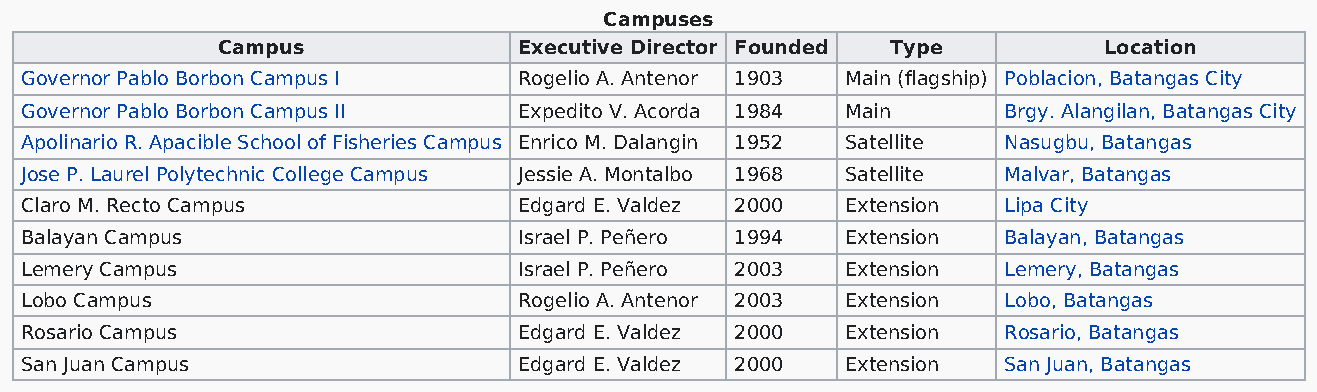
Campuses
 Campus              Executive Director Founded Type        Location
 Governor Pablo Borbon Campus I   Rogelio A. Antenor 1903 Main (flagship) Poblacion, Batangas City
 Governor Pablo Borbon Campus II  Expedito V. Acorda 1984 Main    Brgy. Alangilan, Batangas City
 Apolinario R. Apacible School of Fisheries Campus Enrico M. Dalangin 1952 Satellite Nasugbu, Batangas
 Jose P. Laurel Polytechnic College Campus Jessie A. Montalbo 1968 Satellite Malvar, Batangas
 Claro M. Recto Campus            Edgard E. Valdez 2000 Extension Lipa City
 Balayan Campus                   Israel P. Peñero 1994 Extension Balayan, Batangas
 Lemery Campus                    Israel P. Peñero 2003 Extension Lemery, Batangas
 Lobo Campus                      Rogelio A. Antenor 2003 Extension Lobo, Batangas
 Rosario Campus                   Edgard E. Valdez 2000 Extension Rosario, Batangas
 San Juan Campus                  Edgard E. Valdez 2000 Extension San Juan, Batangas